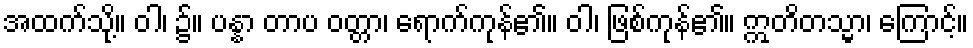
အထက်သို့။ ဝါ၊ ၌။ ပန္နာ တာပ ဝတ္တာ၊ ရောက်ကုန်၏။ ဝါ၊ ဖြစ်ကုန်၏။ ဣတိတသ္မာ၊ ကြောင့်။